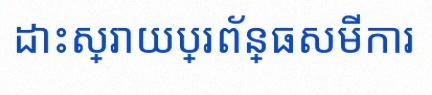
ដោះស្រាយប្រព័ន្ធសមីការ